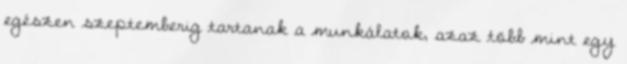
egészen szeptemberig tartanak a munkálatok, azaz több mint egy